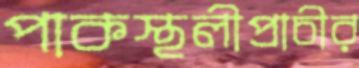
পাকস্থলীপ্রাচীর